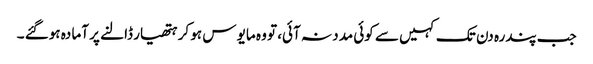
جب پندرہ دن تک کہیں سے کوئی مدد نہ آئی، تو وہ مایو س ہو کر ہتھیار ڈالنے پر آما دہ ہوگئے ۔